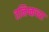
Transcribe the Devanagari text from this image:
तनिष्कच्या